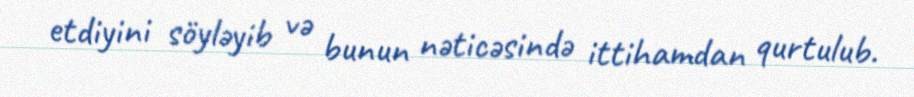
etdiyini söyləyib və bunun nəticəsində ittihamdan qurtulub.